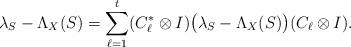
LaTeX: \begin{align*} \lambda_S - \Lambda_X(S) = \sum_{\ell=1}^t (C_\ell^* \otimes I) \big(\lambda_S - \Lambda_X(S)\big) (C_\ell\otimes I).\end{align*}